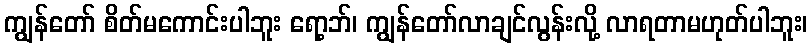
ကျွန်တော် စိတ်မကောင်းပါဘူး ရော့ဘ်၊ ကျွန်တော်လာချင်လွန်းလို့ လာရတာမဟုတ်ပါဘူး၊